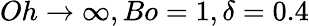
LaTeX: Oh\rightarrow\infty,Bo=1,\delta=0.4